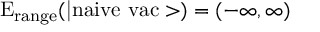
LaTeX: \mathrm { E _ { r a n g e } ( | n a i v e \ v a c > ) } = ( - \infty , \infty )